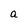
Character: a